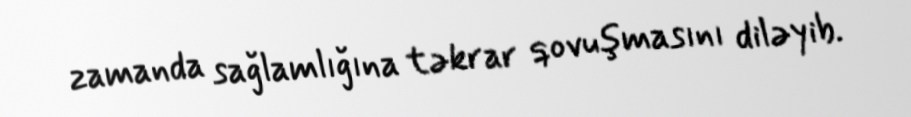
zamanda sağlamlığına təkrar qovuşmasını diləyib.